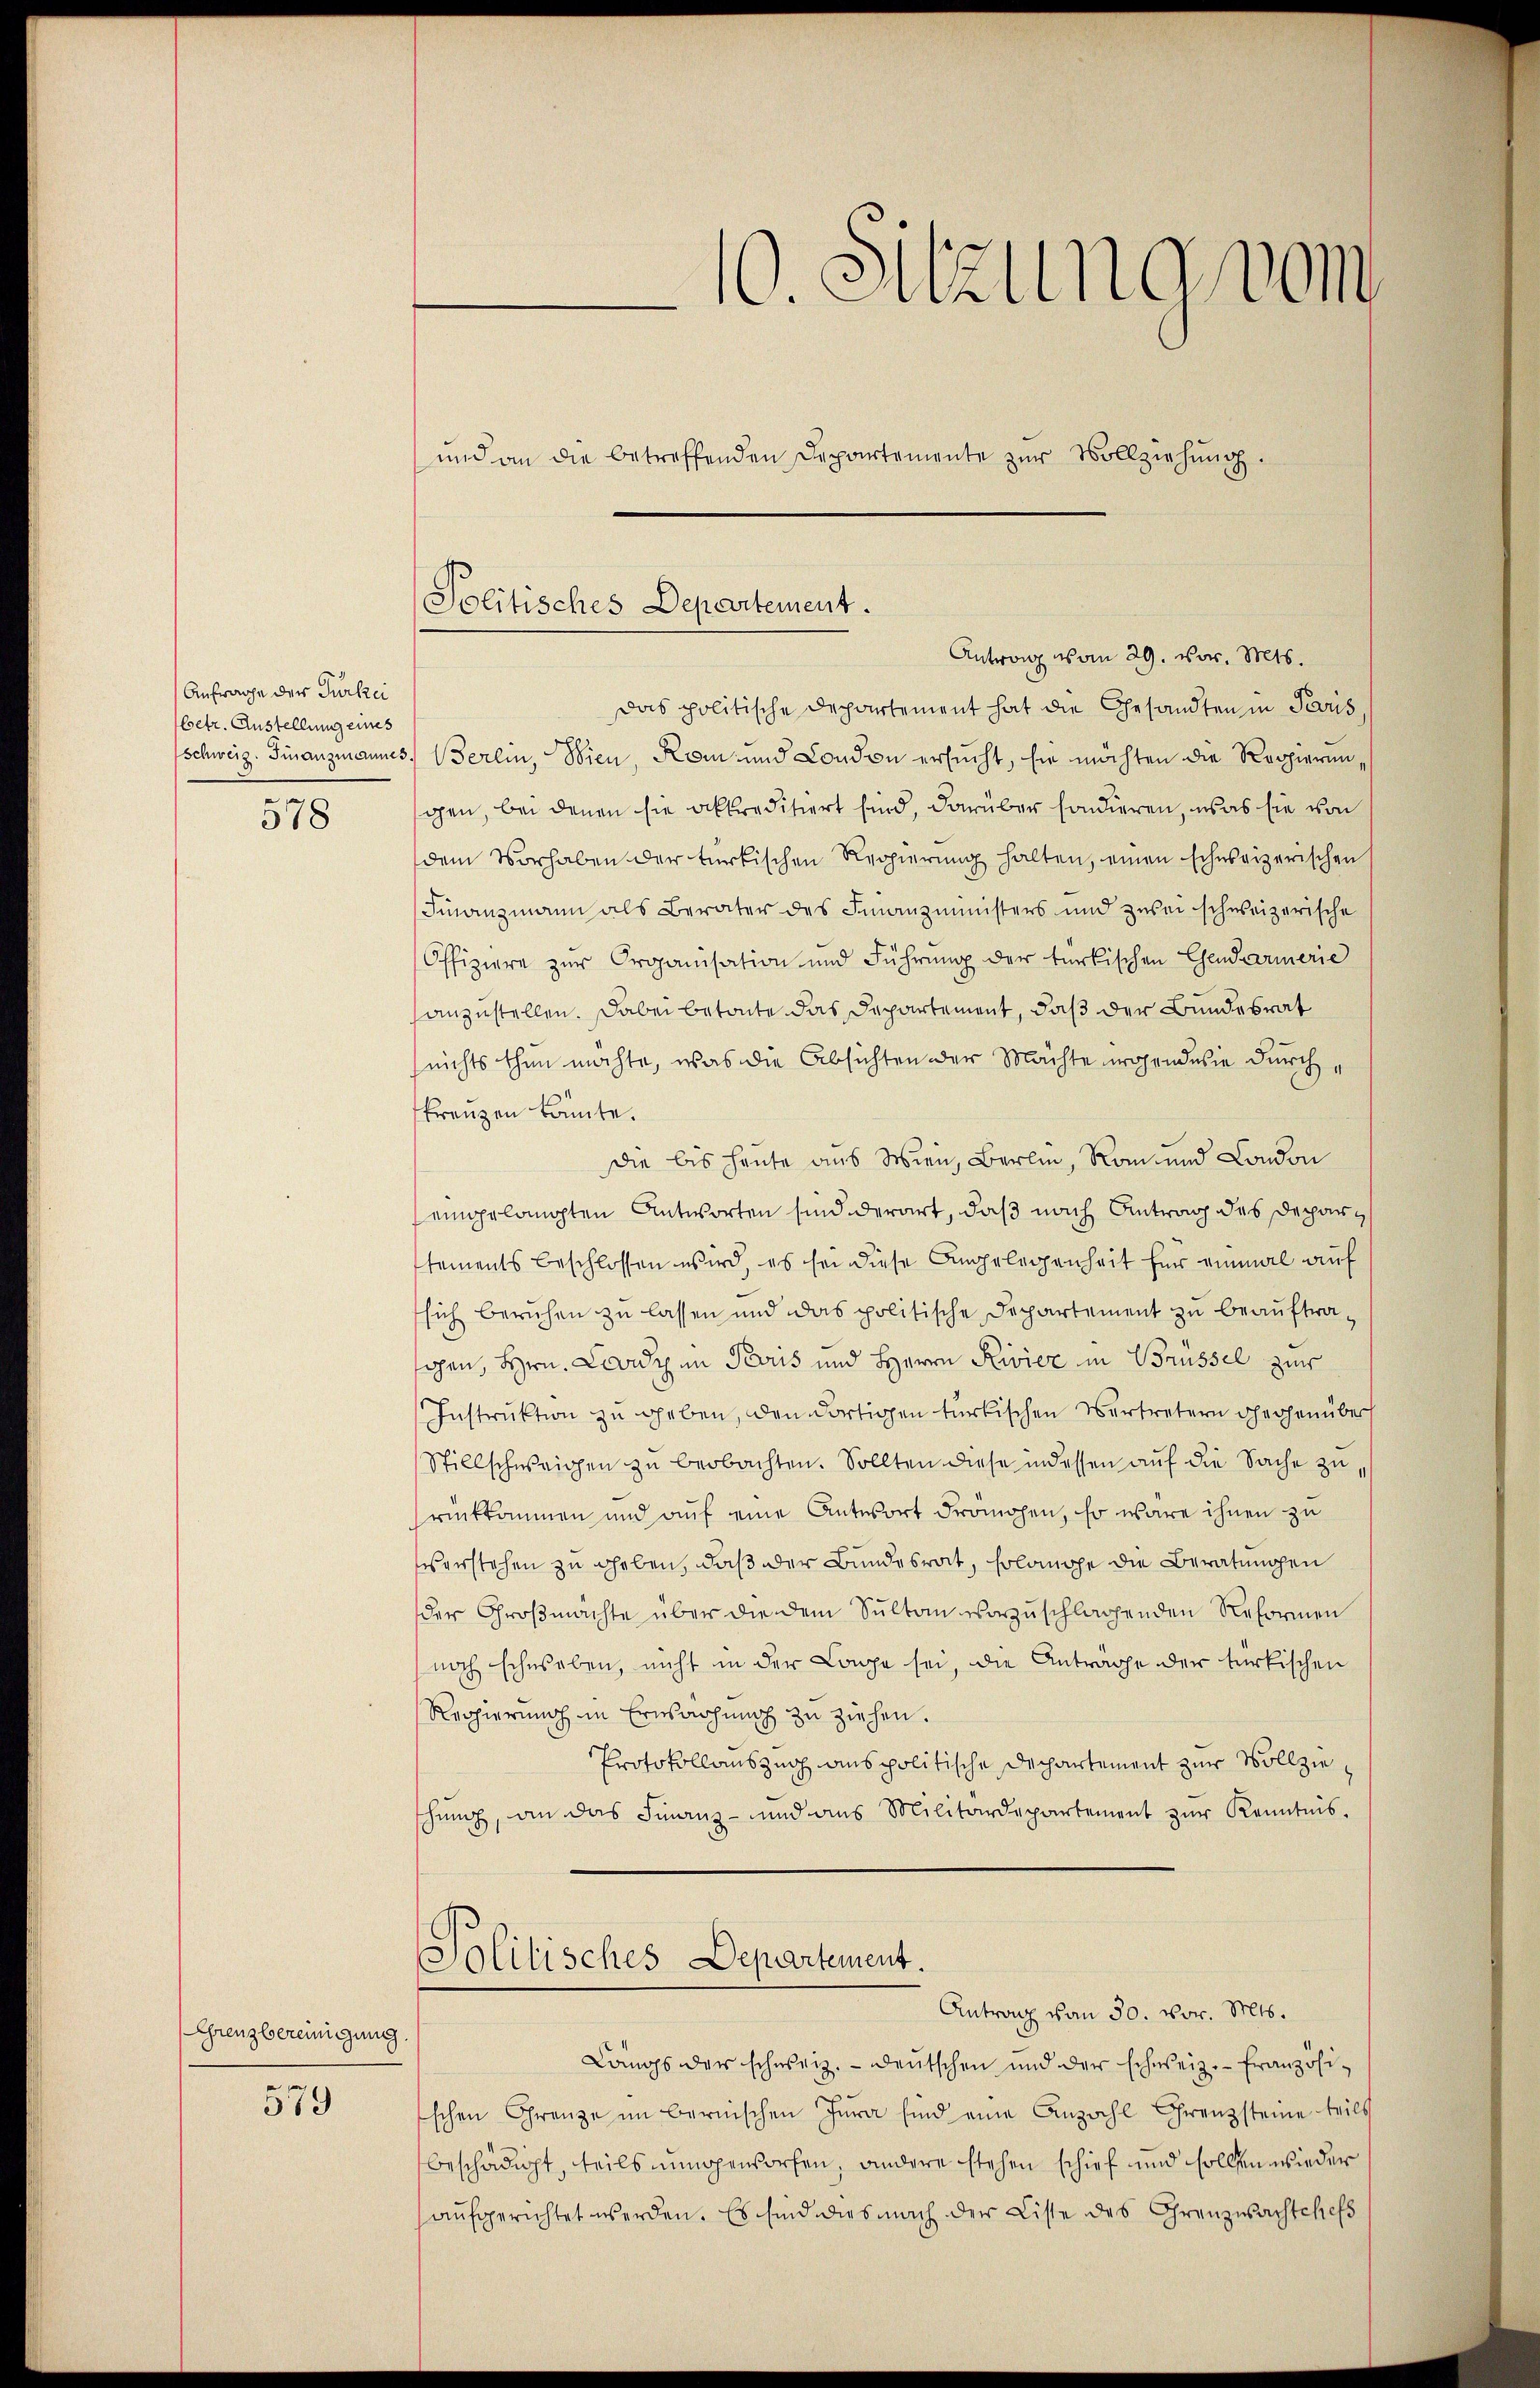
Anfrage der Türkei
betr. Austellung eines

578

Grenzbereinigung.

579

Das politische Departement hat die Gesandten in Paris,
schweiz. Finanzmannes, Berlin, Wien, Rom und Condon ersucht, sie möchten die Roppierungen, bei denen sie akkreditiert sind, darüber sondieren, was sie von
dem Vorhaben der türkischen Regierŭng halten, einen schweizerischen
Finanzmann als Berater des Finanzministers und zwei schweizerische
Offiziere zur Organisation und Führung der türkischen Gendarmerie
anzustellen. Dabei betonte das Departement, daß der Bundesrat
(nichts thun möchte, was die Absichten der Machte wohende sie durchkreuzen könnte.
Die bis heute aus Wien, Berlin, Ran und London
eingelangten Antworten sind derart, daß nach Antrag des Deparstements beschlossen wird, es sei diese Angelegenheit für einmal auf
sich beruhen zu lassen und das politische Departement zu beauftrasahen, Hrn. Lord in Paris und Herrn Rivier in Brüssel zur
Instruktion zu geben, den dortigen türkischen Vertretern gegenüber
Stillschweigen zu beobachten. Sollten diese indessen auf die Sache zurückkommen und auf eine Antwort Frömohen, so wäre ihnen zu
serstehen zu geben, daß der Bundesrat, solanche die Beratungen
der Groβmachte über die dem Sŭlton vorzŭschlagenden Reformen
noch schweben, nicht in der Lage sei, die Anträge der türkischen
Regierung in Erwachung zu ziehen.
Protokollauszug aus politische Dechartement zur Vollzieschŭng, an das Finanz- und ans Militärdepartement zŭr Kenntnis.
Politisches Departement.
Antrag von 30. vor. Mts.
Langs der schweiz. Deutschen und der schweiz.- Französischen Grenze im Bernischen Jura sind eine Anzahl Grenzsteine teils
beschädigt, teils nungendorfen, andere stehen schief und sollen wieder
aufgerichtet werden. Es sind dies nach der Liste des Grenzwachtchefs

10. Sitzung vom
und an die betreffenden Departemente zŭr Vollziehŭng.

Solitisches Departement.
Antrag vom 29. vor. Mts.